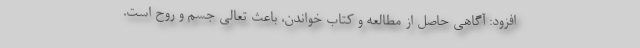
افزود: آگاهی حاصل از مطالعه و کتاب خواندن، باعث تعالی جسم و روح است.